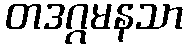
တဒဂ္ဂမနသာ